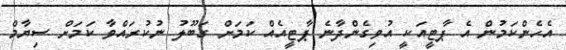
އެހެންކަމުން އެ ޕާޓީއަކީ އުވިގެންދާނެ ޕާޓީއެއް ކަމަށް ގަބޫލު ނުކުރައްވާ ކަމަށް ސިޔާމް